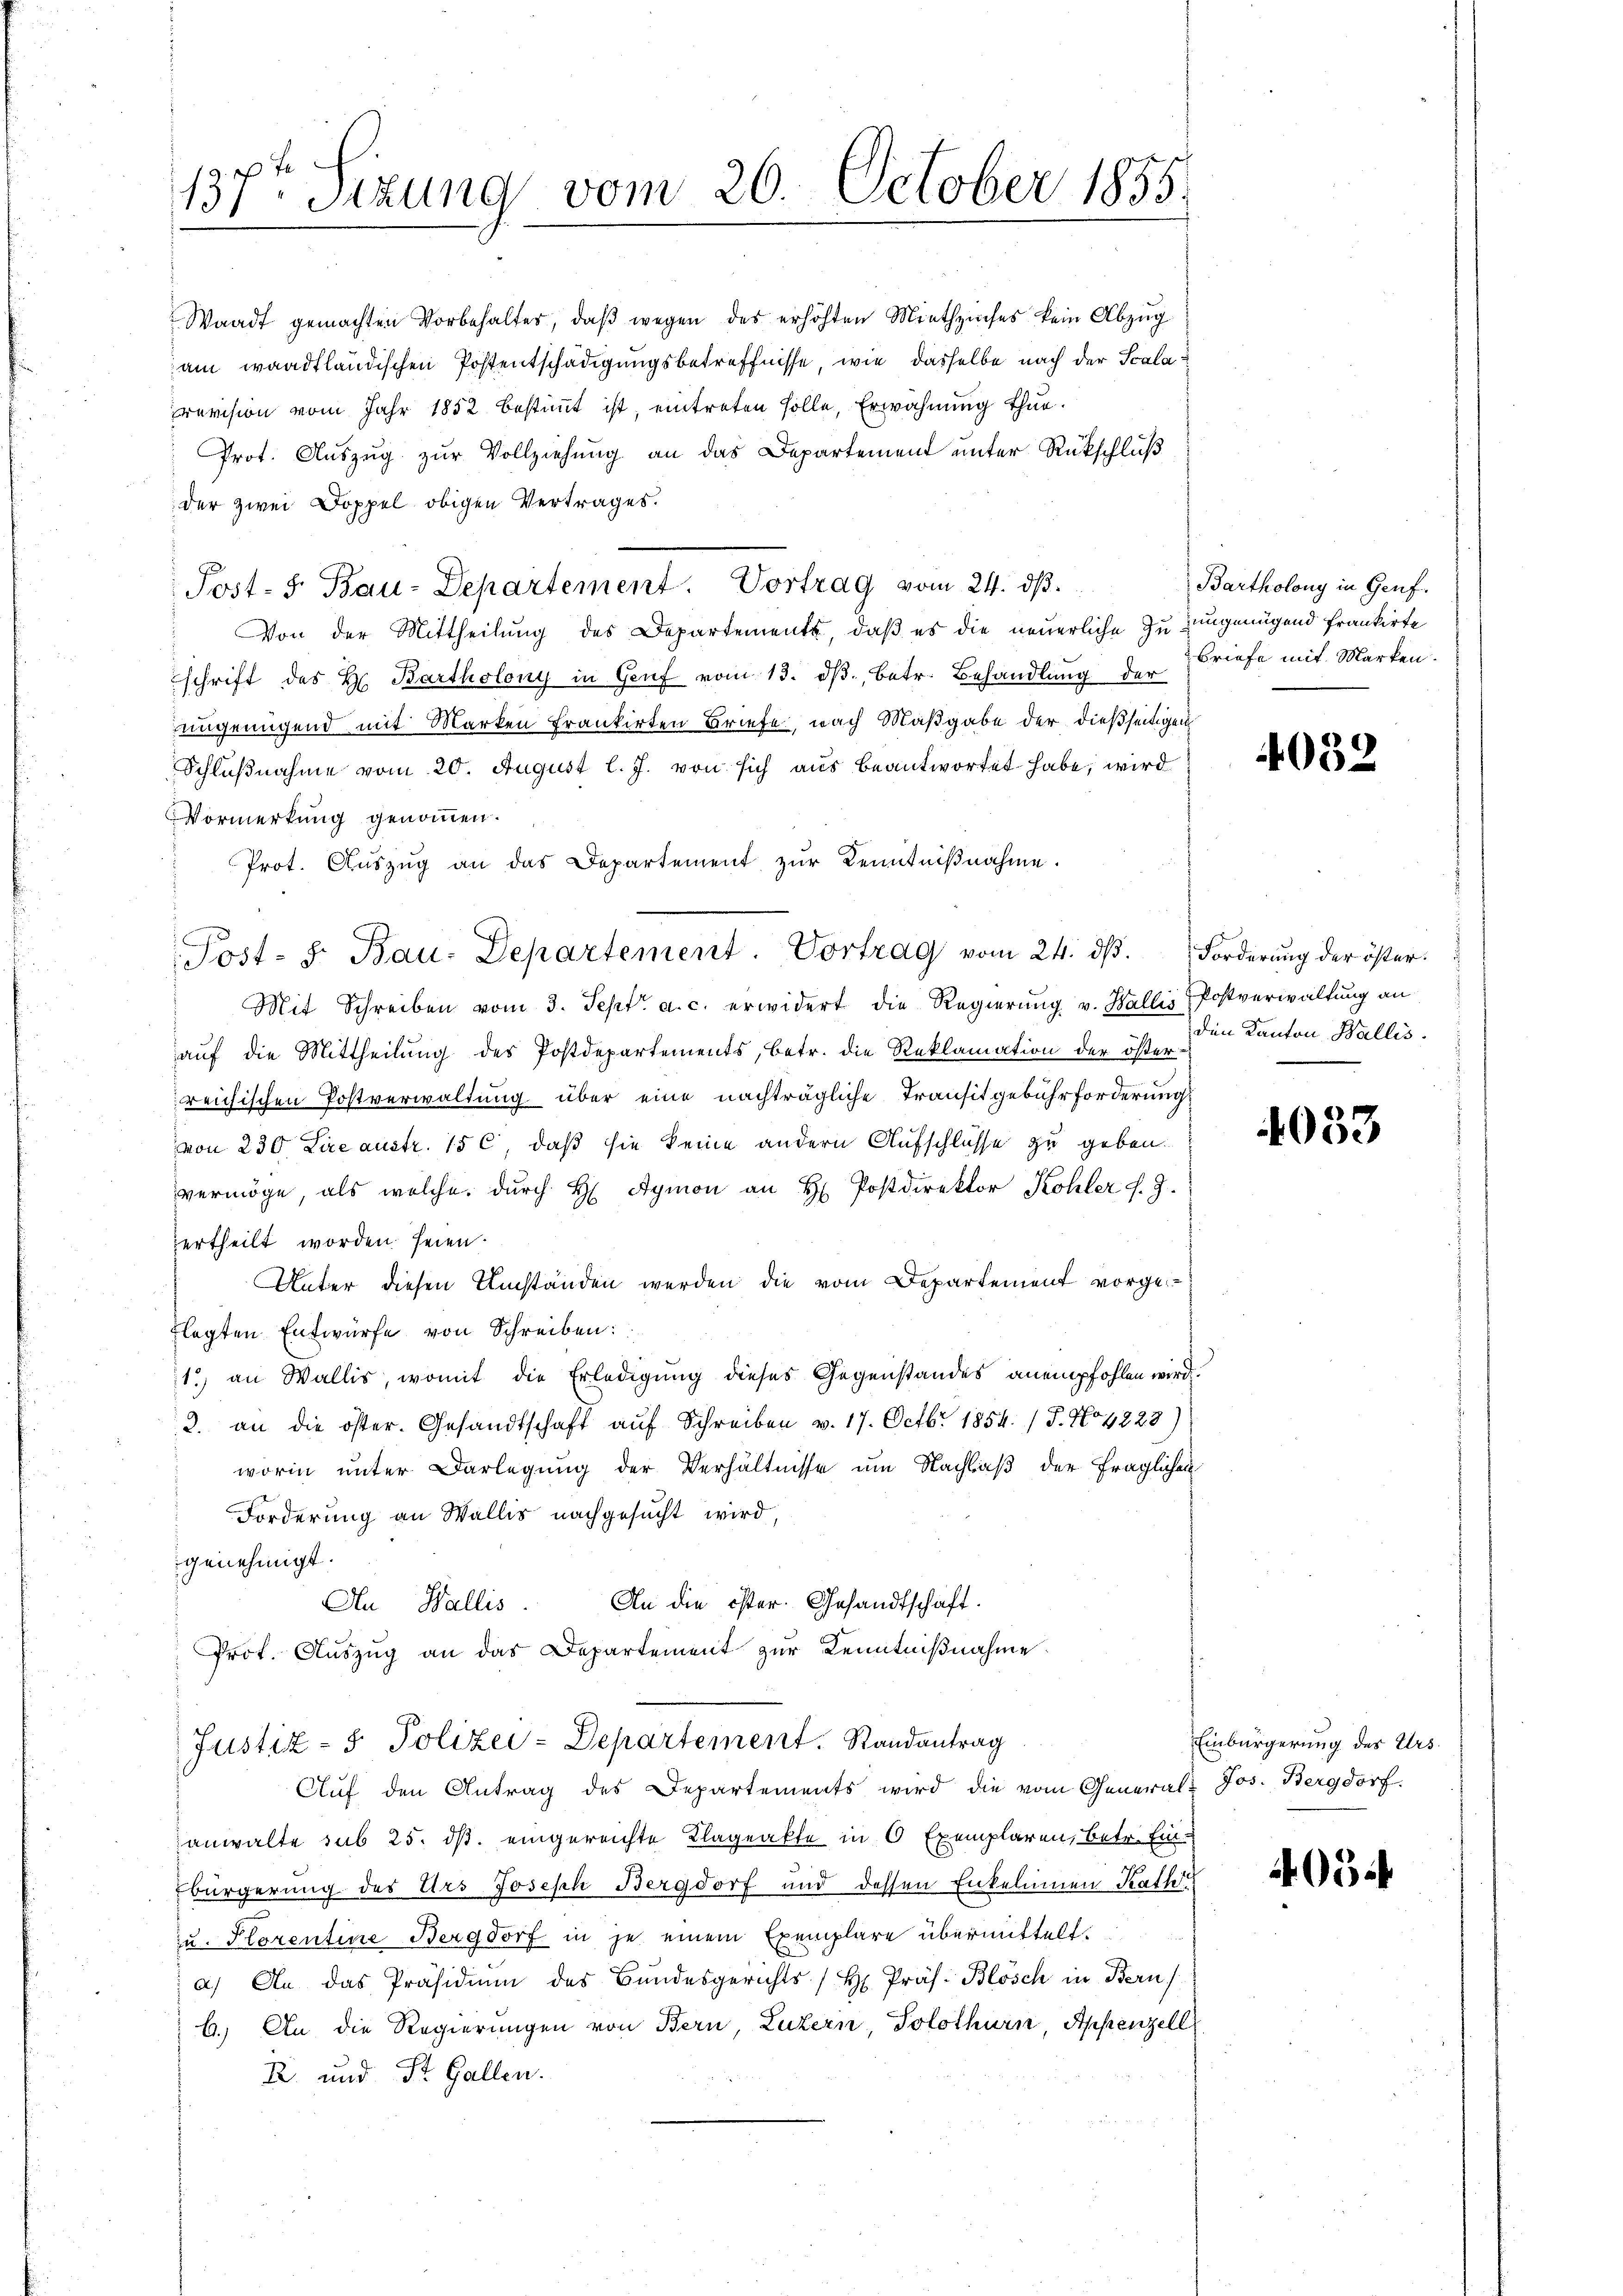
137ten Sizung vom 26. October 1855.

Waadt gemachten Vorbehalter, daβ wegen des erhöhten Miethzinses kein Abzŭg
am waadtländischen Postentschädigungsbetreffnisse, wie dasselbe nach der Scalarevision vom Jahr 1852 bestimmt ist, eintreten solle, Erwähnung thun.
Prot. Auszug zur Vollziehung an das Departement unter Rückschluß
der zwei Doppel obigen Vertrages.
Post- 5. Bau-Departement. Vortrag vom 24. ds.
Von der Mittheilung des Departements, daß es die neuerliche Zuzungenügend frankirte
schrift des H. Bartholony in Genf vom 13. ds., betr. Behandlung der
eingenügend mit Marken frankirten Briefe, nach Maßgabe der dießseitigen
Schlußnahme vom 20. August l. J. von sich aus beantwortet habe, wird
Vormerkung genommen.
Prot. Auszug an das Departement zur Kenntnißnahme.
Post- J. Bau-Departement. Vortrag vom 24. dβ. Forderŭng der öster¬
Mit Schreiben vom 3. Sept. a. c. erwidert die Regierung v. Wallis Postverwaltung an
auf die Mittheilung des Postdepartements, betr. die Reklamation der öster-
reichischen Postverwaltung über eine nachträgliche Transitgebührforderung
von 230 Lire austr. 156, daß sie keine andern Aufschlüsse zu geben.
vermöge, als welche dŭrch H Aymon an H. Postdirektor Kohler J. J.
ertheilt worden seien.
Unter diesen Umständen werden die vom Departement vorgeflegten Entwürfe von Schreiben:
11.) an Wallis, womit die Erledigung dieses Gegenstandes anempfohlen wird.
2. an die öster. Gesandtschaft auf Schreiben v. 17. Octbr 1854. / 5. No 4223)
worin unter Darlegung der Verhältnisse um Nachlaß der fraglichen
Forderung an Wallis nachgesucht wird,
genehmigt.
An die öster Gesandtschaft.
An Wallis.
Prof. Auszug an das Departement zur Kenntnißnahme.

Justiz- & Polizei-Departement. Randantrag

Auf den Antrag des Departements wird die vom General- Jos. Bergdorf.
anwalte sub 25. ds. eingereichte Klageakte in 0 Exemplaren, betr. Ein¬
Ebürgerung des Urs Joseph Bergdorf und dessen Enkelinnen Rath
zu. Florentine Bergdorf in je einem Exemplare übermittelt.
a) An das Präsidium des Bundesgerichts / H. Präs. Blösch in Bern
b.) An die Regierungen von Bern, Luzern, Solothurn, Appenzell
R. und St. Gallen.

Bartholong in Genf.
Briefe mit Marken.

4032

den Kanton Wallis.

4033

Einbürgerung des Urs.

403.